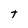
Character: T